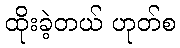
ထိုးခဲ့တယ် ဟုတ်စ